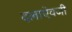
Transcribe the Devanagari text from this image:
दलाऐवजी